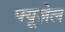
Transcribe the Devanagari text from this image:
फ्यूज़ेल